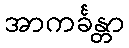
အာကင်္ခန္တာ